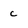
Character: c